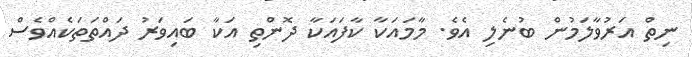
ނިތް އަރުވާލަމުން ބުނެލި އެވެ. މާމައަކާ ކާފައަކާ ދޮންތި އަކާ ބައިވަރު ދައްތަތަކެއްވެސް